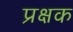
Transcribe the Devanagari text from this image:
प्रक्षक